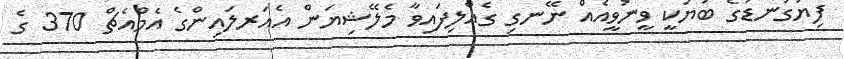
ފިޔަގަނޑުގެ ބަޔަކީ ވީނުވީއެއް ނޭނގި ގެއްލިފައިވާ މެލޭޝިޔަން އެއަރލައިންގެ އެމްއެޗް 370 ގެ